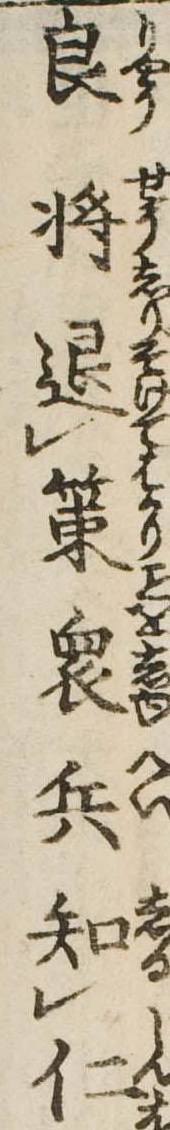
良将退策衆兵知仁